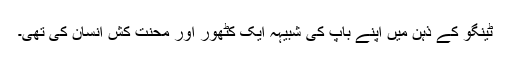
ٹینگو کے ذہن میں اپنے باپ کی شبیہہ ایک کٹھور اور محنت کش انسان کی تھی۔